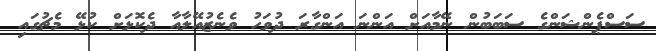
ސަސްޕެންޝަންގެ ސަބަބުން ނޭމާއަށް އަންނަ އަންގާރަ ދުވަހު ވެނެޒުއޭލާއާ ދެކޮޅަށް ކުޅޭ މެޗުގައި